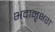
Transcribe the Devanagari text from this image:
भवानृक्षरा